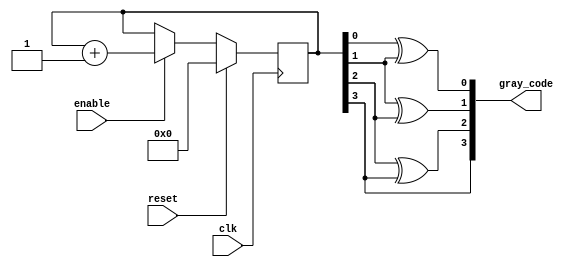
module gray_code_counter(
    input clk,
    input enable,
    input reset,
    output reg [3:0] gray_code
);

reg [3:0] count;

always @(posedge clk) begin
    if (reset)
        count <= 4'b0000;
    else if (enable)
        count <= count + 1;
end

assign gray_code = {count[3], count[2]^count[3], count[1]^count[2], count[0]^count[1]};

endmodule